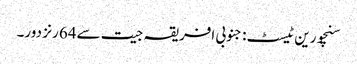
سنچورین ٹیسٹ: جنوبی افریقہ جیت سے64 رنز دور۔